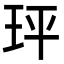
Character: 玶